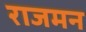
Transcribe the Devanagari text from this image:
राजमन